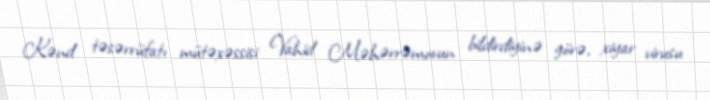
Kənd təsərrüfatı mütəxəssisi Vahid Məhərrəmovun bildirdiyinə görə, xiyar virusu